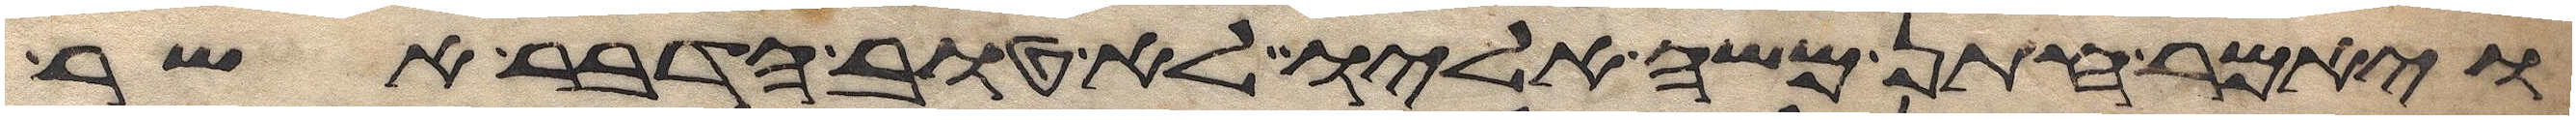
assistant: ויאמר חתן משה אליו לא טוב הדבר אשר